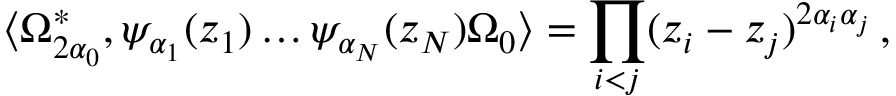
\langle \Omega _ { 2 \alpha _ { 0 } } ^ { * } , \psi _ { \alpha _ { 1 } } ( z _ { 1 } ) \ldots \psi _ { \alpha _ { N } } ( z _ { N } ) \Omega _ { 0 } \rangle = \prod _ { i < j } ( z _ { i } - z _ { j } ) ^ { 2 \alpha _ { i } \alpha _ { j } } \, ,